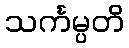
သင်္ကမ္ပတိ